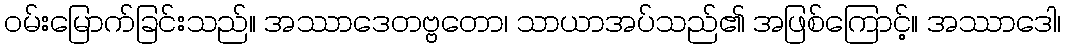
ဝမ်းမြောက်ခြင်းသည်။ အဿာဒေတဗ္ဗတော၊ သာယာအပ်သည်၏ အဖြစ်ကြောင့်။ အဿာဒေါ၊